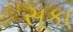
સૂકા